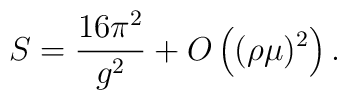
S=\frac{16 \pi^2}{g^2} + O\left((\rho \mu)^2\right).